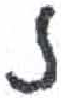
אות: נ